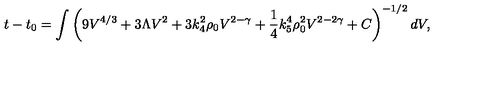
t - t _ { 0 } = \int \left( 9 V ^ { 4 / 3 } + 3 \Lambda V ^ { 2 } + 3 k _ { 4 } ^ { 2 } \rho _ { 0 } V ^ { 2 - \gamma } + \frac 1 4 k _ { 5 } ^ { 4 } \rho _ { 0 } ^ { 2 } V ^ { 2 - 2 \gamma } + C \right) ^ { - 1 / 2 } d V ,